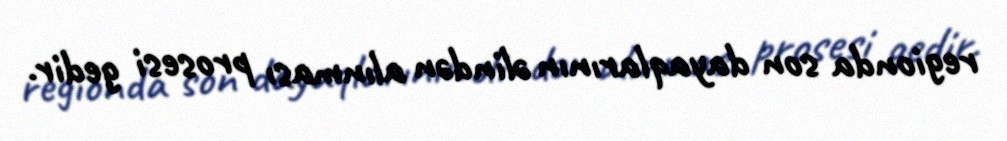
regionda son dayaqlarının əlindən alınması prosesi gedir.